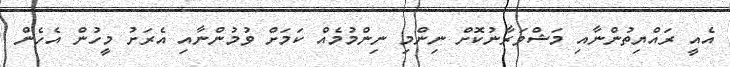
އެއީ ރައްޔިތުންނާއި މަޝްވަރާނުކޮށް ނިންމި ނިންމުމެއް ކަމަށް ވުމުންނާއި އެރަށު މީހުން އެހެން